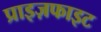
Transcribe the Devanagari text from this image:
प्राइज़फाइट